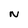
Character: N